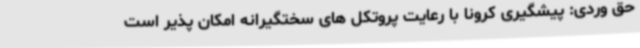
حق وردی: پیشگیری کرونا با رعایت پروتکل های سختگیرانه امکان پذیر است